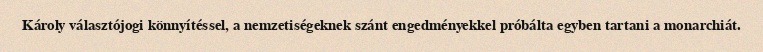
Károly választójogi könnyítéssel, a nemzetiségeknek szánt engedményekkel próbálta egyben tartani a monarchiát.